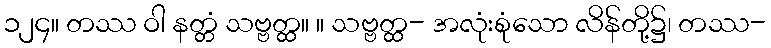
၁၂၄။ တဿ ဝါ နတ္တံ သဗ္ဗတ္ထ။ ။ သဗ္ဗတ္ထ- အလုံးစုံသော လိန်တို့၌၊ တဿ-